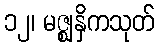
၁၂၊ မဇ္ဈနှိကသုတ်